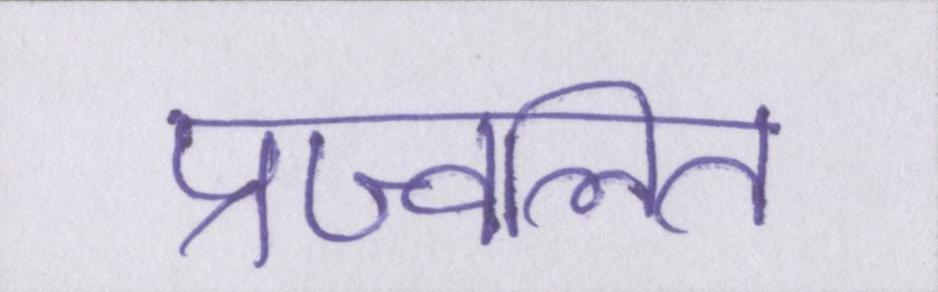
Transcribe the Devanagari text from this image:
प्रज्वलित